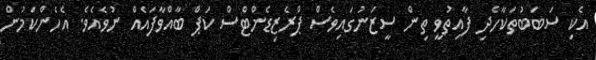
އެކި ސަބަބުތަކާހެދި ފާއިތުވީ ތިން ސީޒަނުގައިވެސް ޕްރެޒިޑެންޓްސް ކަޕް ބާއްވާފައެއް ނުވެއެވެ. އެހެންކަމުން